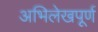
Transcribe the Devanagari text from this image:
अभिलेखपूर्ण